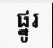
ផ្នូរ